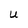
Character: U